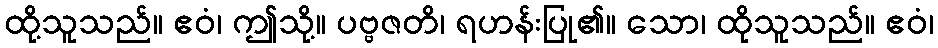
ထို့သူသည်။ ဧဝံ၊ ဤသို့။ ပဗ္ဗဇတိ၊ ရဟန်းပြု၏။ သော၊ ထိုသူသည်။ ဧဝံ၊